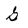
Character: G